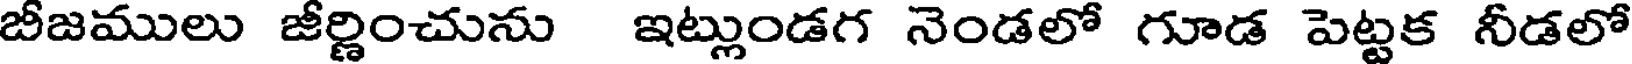
బీజములు జీర్ణించును ఇట్లుండగ నెండలో గూడ పెట్టక నీడలో